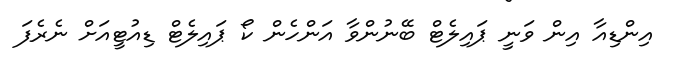
އިންޑިއާ އިން ވަނީ ޕައިލެޓް ބޭނުންވާ އަންހެން ކޯ ޕައިލެޓް ޑިއުޓީއަށް ނެރެފަ